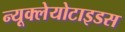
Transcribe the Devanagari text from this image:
न्यूक्लेयोटाइडस